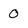
Character: 0